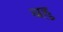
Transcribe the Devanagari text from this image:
वहु